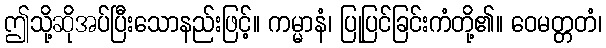
ဤသို့ဆိုအပ်ပြီးသောနည်းဖြင့်။ ကမ္မာနံ၊ ပြုပြင်ခြင်းကံတို့၏။ ဝေမတ္တတံ၊